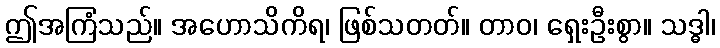
ဤအကြံသည်။ အဟောသိကိရ၊ ဖြစ်သတတ်။ တာဝ၊ ရှေးဦးစွာ။ သဒ္ဓါ၊